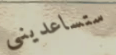
ستساعديني